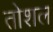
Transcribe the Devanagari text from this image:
तोशल